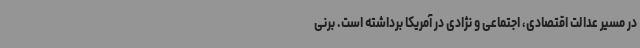
در مسیر عدالت اقتصادی، اجتماعی و نژادی در آمریکا برداشته است. برنی